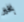
بخير